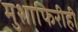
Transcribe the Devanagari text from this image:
मुशाफिरीही